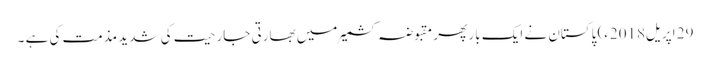
29 اپریل2018ء) پاکستان نے ایک بار پھر مقبوضہ کشمیر میں بھارتی جارحیت کی شدید مذمت کی ہے ۔